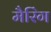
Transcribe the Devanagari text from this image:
मैरिंग